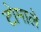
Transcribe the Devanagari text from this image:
टोमाले